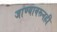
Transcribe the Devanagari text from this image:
जाण्यावरूनही